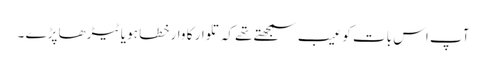
آپ اس بات کو عیب سمجھتے تھے کہ تلوار کا وار خطا ہو یا ٹیڑھا پڑے ۔